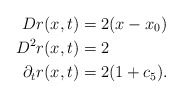
\begin{align*} Dr(x,t) &= 2(x-x_0)\\D^2r(x,t) &= 2 \\\partial_t r(x,t) &= 2(1 + c_5).\end{align*}